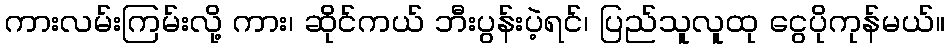
ကားလမ်းကြမ်းလို့ ကား၊ ဆိုင်ကယ် ဘီးပွန်းပဲ့ရင်၊ ပြည်သူလူထု ငွေပိုကုန်မယ်။